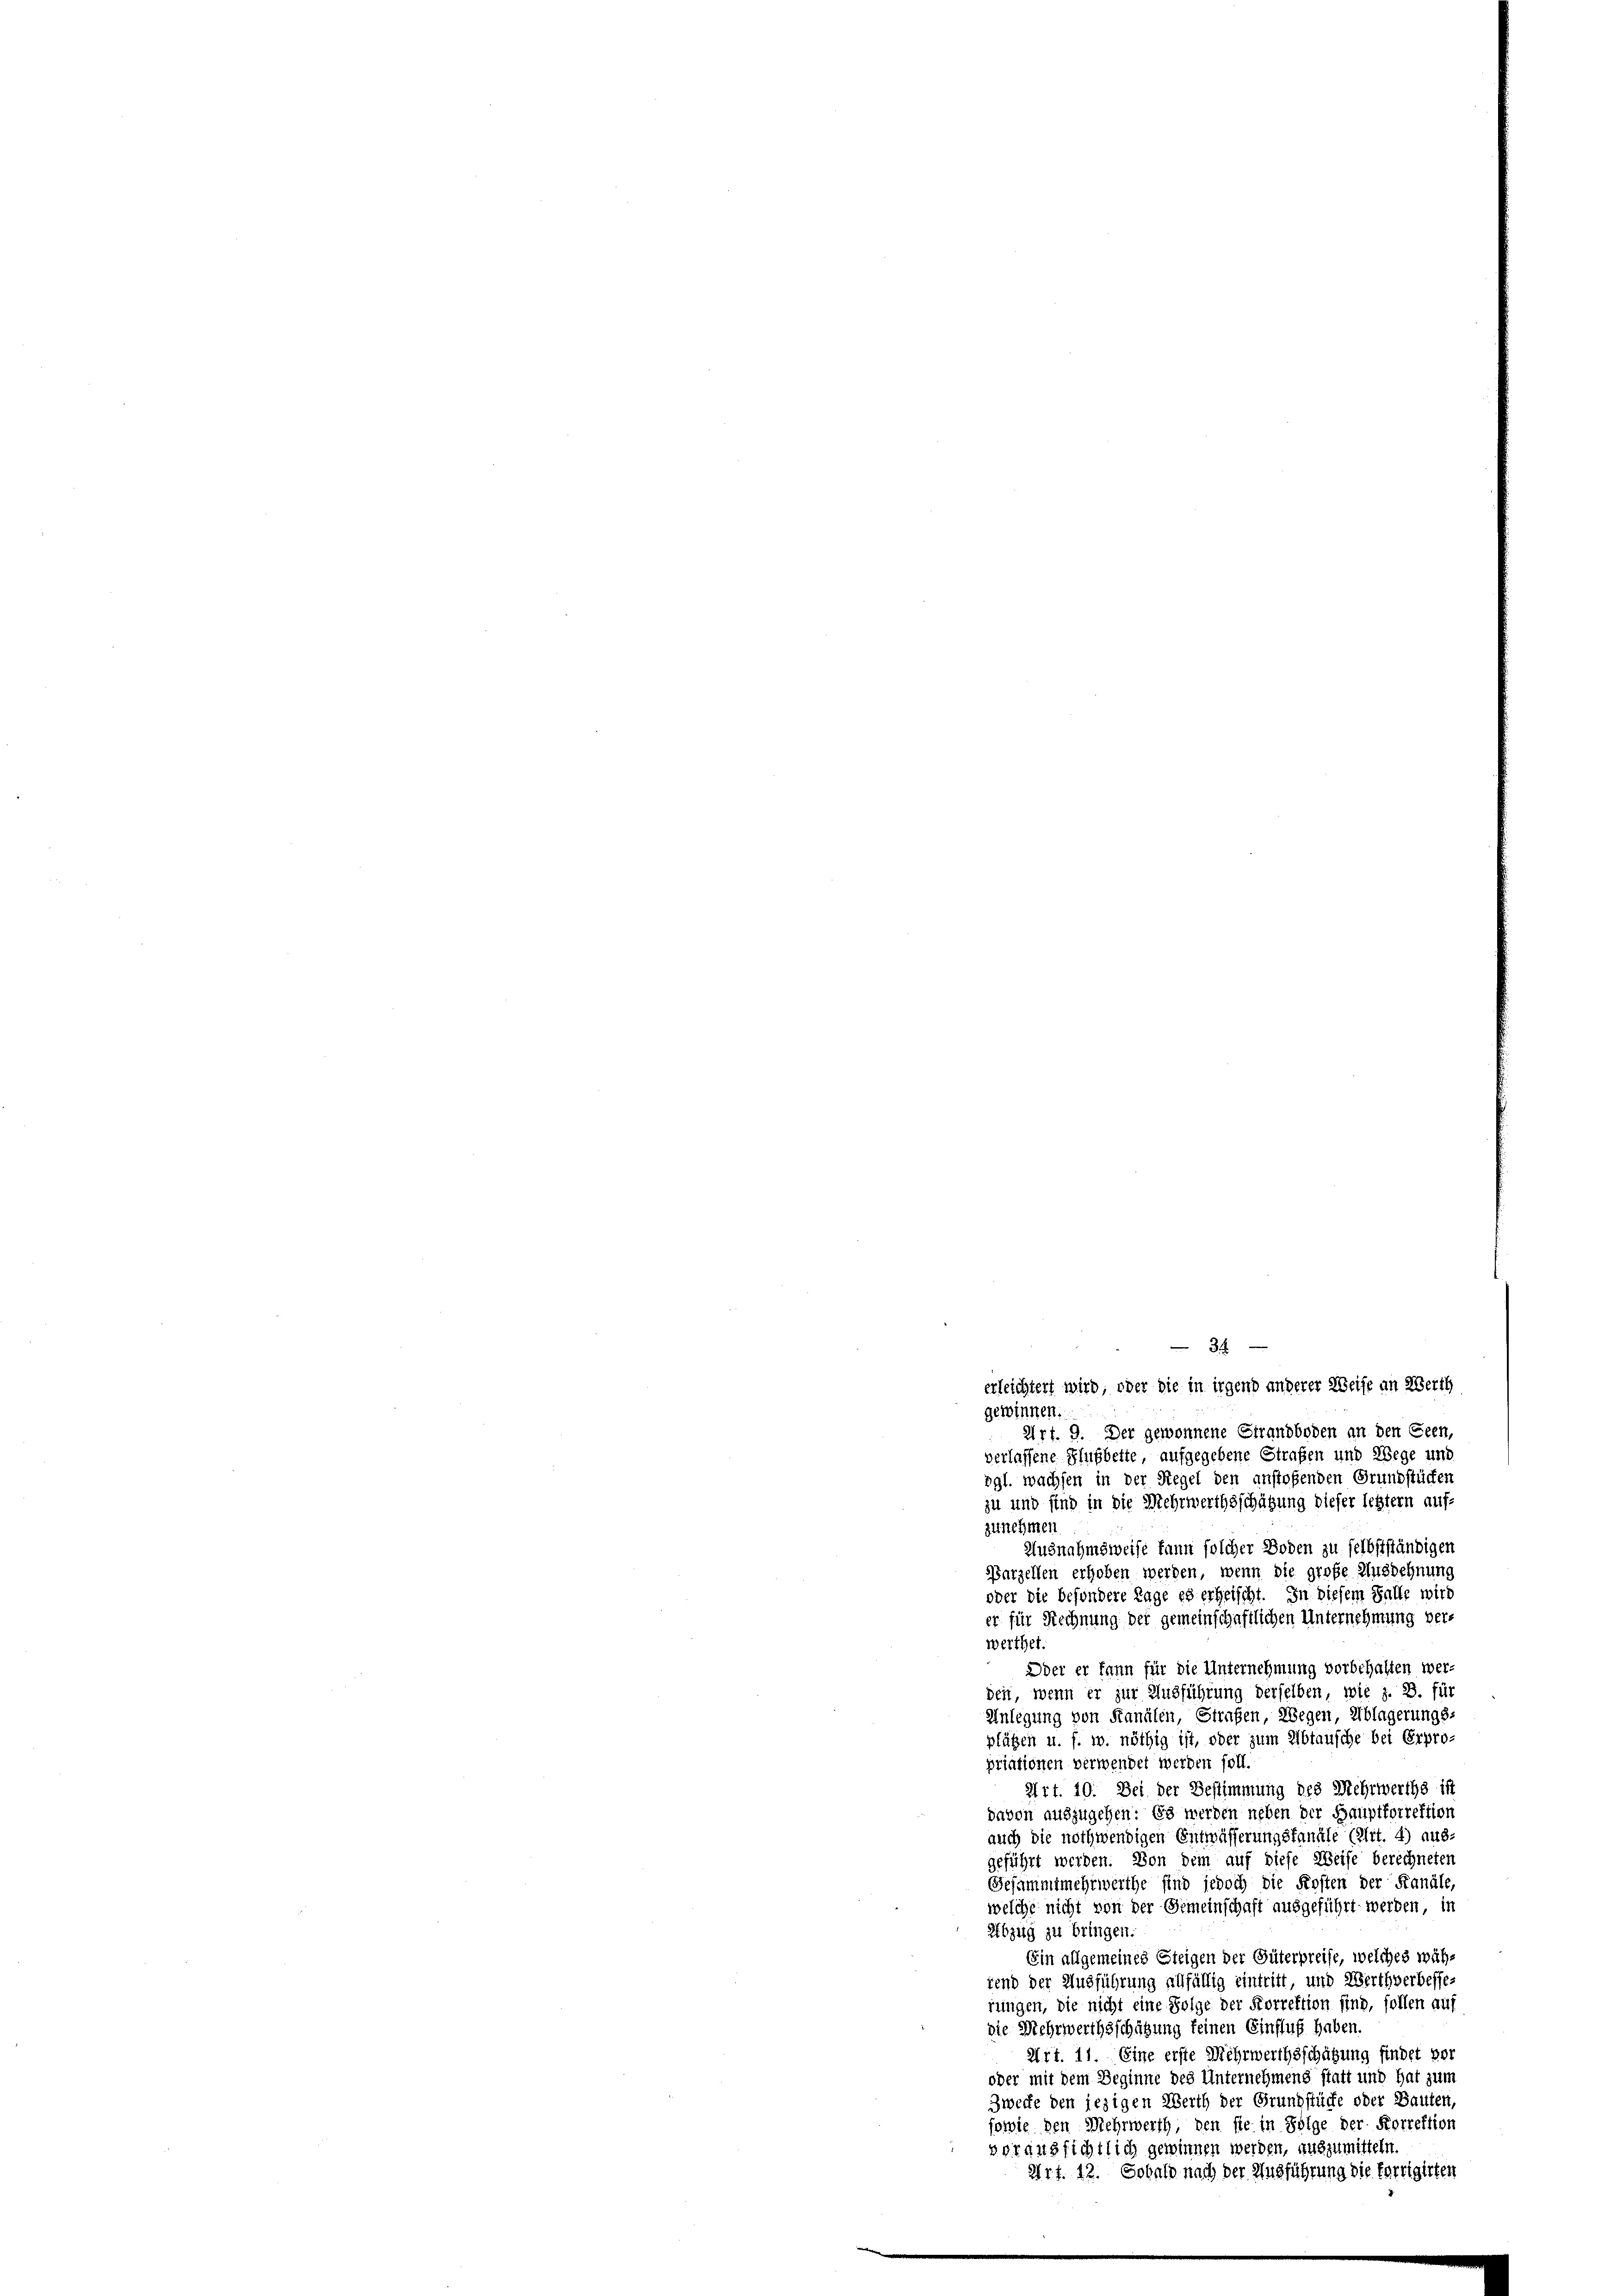
erleichtert wird, oder die in irgend anderer Weise an Werth
gewinnen.
Art. 9. Der gewonnene Strandboden an den Seen,
verlassene Flußbette aufgegebene Strafen und Wege und
vgl. wachsen in der Regel den anstoßenden Grundstücken
zu und sind in die Mehrwerthsschätzung dieser letztern auf
zunehmen
Ausnahmsweise kann solcher Boden zu selbstständigen
Parzellen erhoben werden, wenn die große Ausdehnung
oder die besondere Lage es erheischt. In diesem Falle wird
er für Rechnung der gemeinschaftlichen Unternehmung verwerthet.
Ddet er kann für die Unternehmung vorbehalten werden, wenn er zur Ausführung derselben, wie z. B. für
Anlegung von Stanalen, Strafen, Wegen, Ablagerungs-
plätzen u. s. w. nöthig ist, oder zum Abtausche bei Erpro-
priationen verwendet werden soll.
Art. 10. Bei der Bestimmung des Mehrwerths ist
davon auszugehen: Es werden neben der Hauptkorrektion
auch die nothwendigen Entwässerungsfanäle (Art. 4) aus-
geführt werden. Von dem auf diese Weise berechneten
Gesammtmehrwerthe sind jedoch die Kosten der Kanäle,
welche nicht von der Gemeinschaft ausgeführt werden, in
Abzug zu bringen.
Ein allgemeines Steigen der Güterpreise, welches wähfend der Ausführung allfällig eintritt, und Werthverbesserungen, die nicht eine Folge der Forrektion sind, sollen auf
die Mehrwerthsschätzung keinen Einfluß haben.
Art. 11 Eine erste Mehrwerthsschätzung findet vor
oder mit dem Beginne des Unternehmens statt und hat zum
Zwecke den jezigen Werth der Grundstücke oder Bauten,
sowie den Mehrwerth, den sie in Folge der Korrektion
voraussichtlich gewinnen werden, auszumitteln.
Art. 12. Sobald nach der Ausführung die fertigirten

34